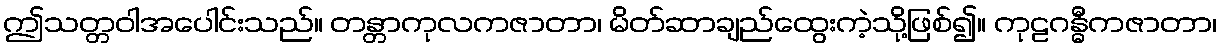
ဤသတ္တဝါအပေါင်းသည်။ တန္တာကုလကဇာတာ၊ မိတ်ဆာချည်ထွေးကဲ့သို့ဖြစ်၍။ ကုဠဂန္ဓီကဇာတာ၊